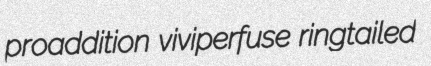
proaddition viviperfuse ringtailed